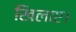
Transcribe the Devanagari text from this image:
खिलाए।